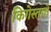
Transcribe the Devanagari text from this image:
किगेस्ताते